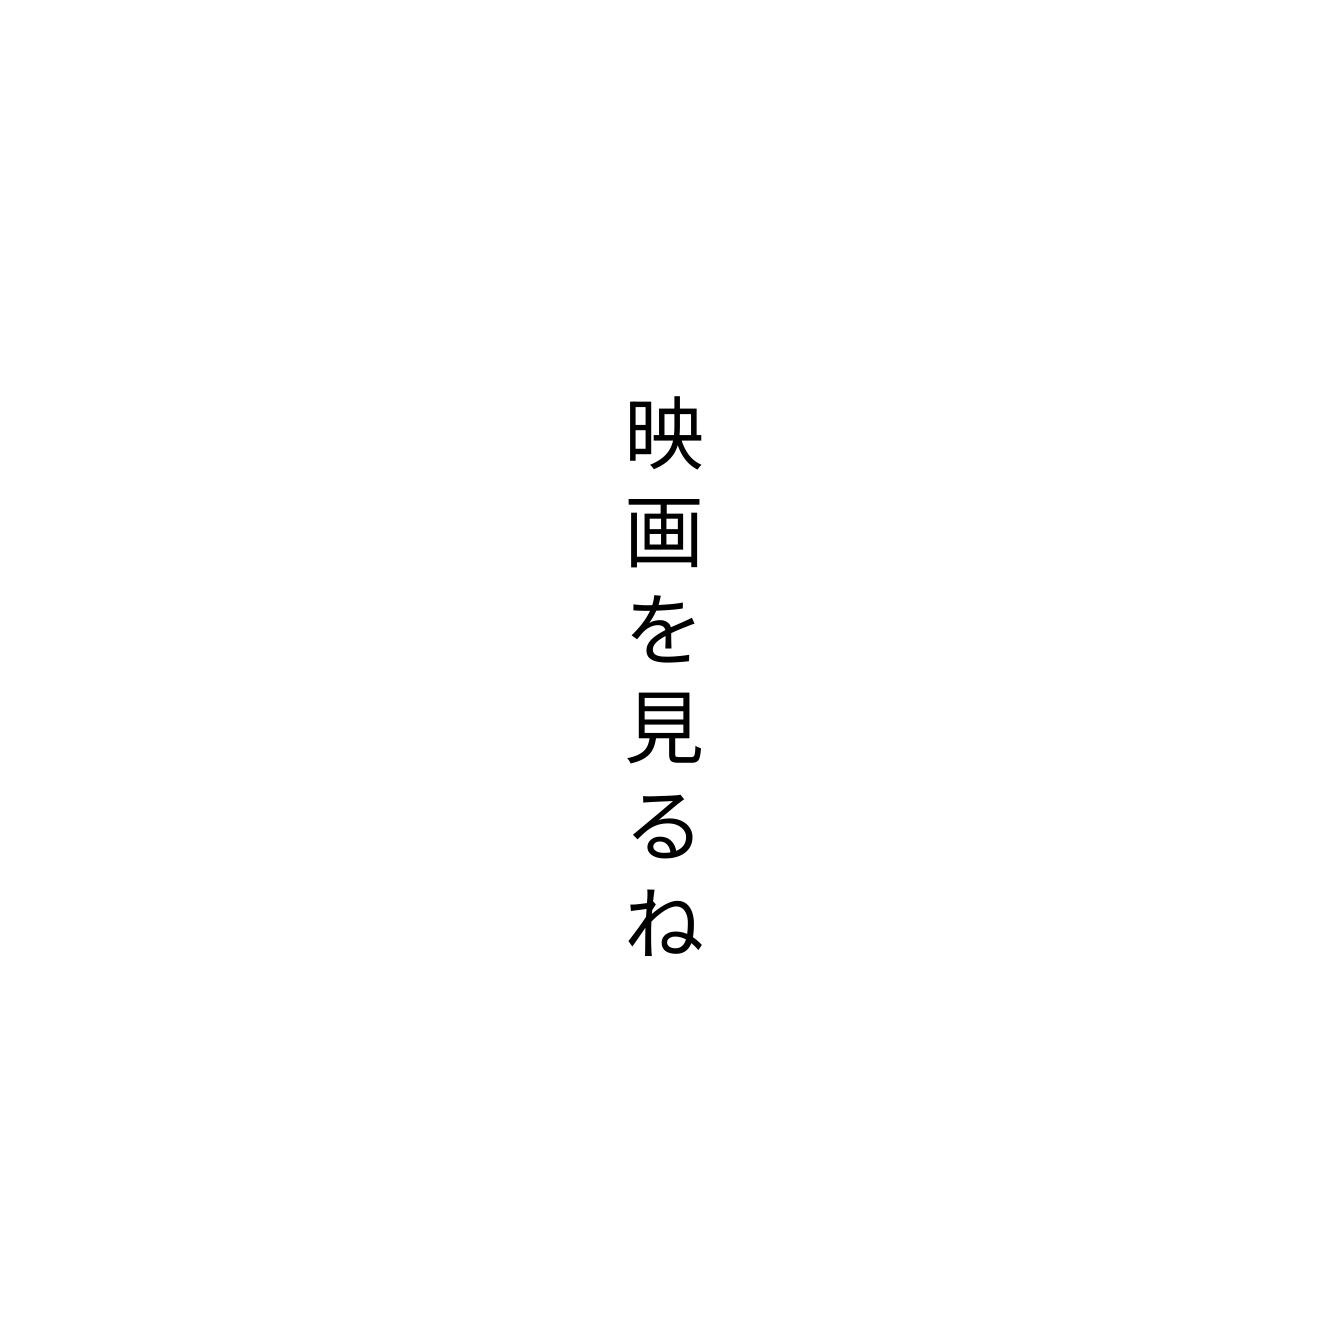
映画を見るね